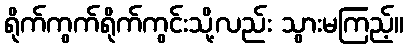
ရိုက်ကွက်ရိုက်ကွင်းသို့လည်း သွားမကြည့်။